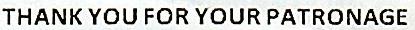
THANK YOU FOR YOUR PATRONAGE